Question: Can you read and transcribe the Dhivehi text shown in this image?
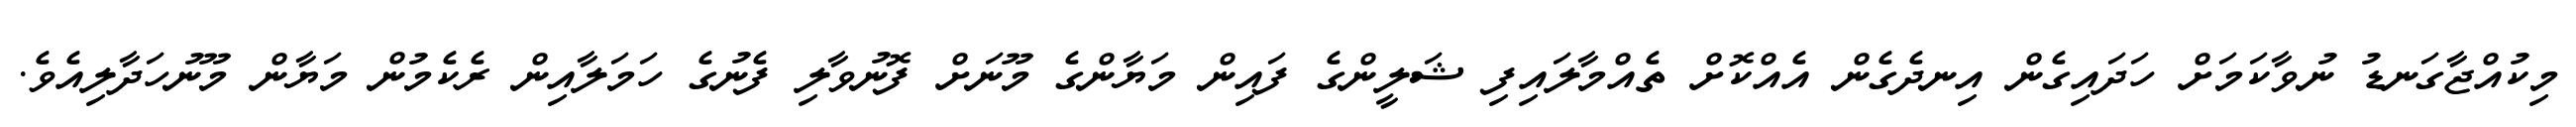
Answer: މިކުއްޖާގަނޑު ނުވާކަމަށް ހަދައިގެން އިނދެގެން އެއްކޮށް ތެއްމާލައިފި ޝަލީންގެ ފައިން މަޔާންގެ މޫނަށް ފޮނުވާލި ފެނުގެ ހަމަލާއިން ރެކެމުން މަޔާން މޫނުހަދާލިއެވެ.